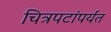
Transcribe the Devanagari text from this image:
चित्रपटांपर्यंत